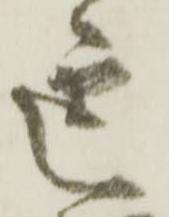
運